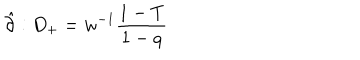
\hat { \partial } : D _ { + } = w ^ { - 1 } \frac { 1 - T } { 1 - q }